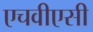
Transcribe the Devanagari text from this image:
एचवीएसी